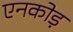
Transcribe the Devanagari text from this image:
एनकोड़